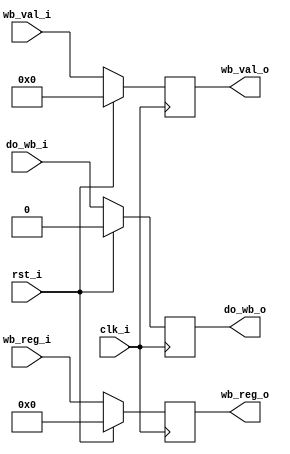
module  stage5_writeback(
    /* cpu global */
    input clk_i,
    input rst_i,

    /* from stage 4 */
    input do_wb_i,
    input [4:0] wb_reg_i,
    input [31:0] wb_val_i,

    /* back to stage2, writeback to register file */
    output reg do_wb_o,
    output reg [4:0] wb_reg_o,
    output reg [31:0] wb_val_o
);

always @(posedge clk_i)
begin
    if (rst_i) begin
        do_wb_o <= 0;
        wb_reg_o <= 0;
        wb_val_o <= 0;
    end else begin
        do_wb_o <= do_wb_i;
        wb_reg_o <= wb_reg_i;
        wb_val_o <= wb_val_i;
    end
end

endmodule